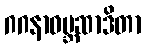
ဂဂနာဝဗ္ဘဆာဒိတာ